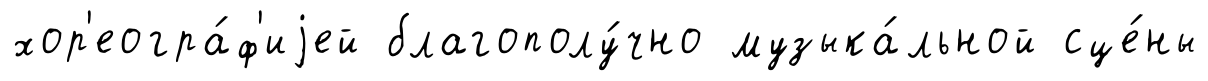
хор'еогра́ф'иjей благополу́чно музыка́льной сце́ны